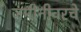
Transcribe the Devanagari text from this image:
जमीनीवरचे